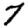
Digit: 7